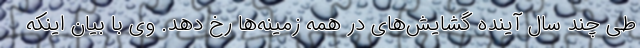
طی چند سال آینده گشایش‌های در همه زمینه‌ها رخ دهد. وی با بیان اینکه